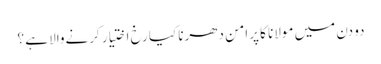
دو دن میں مولانا کا پرامن دھرنا کیا رخ اختیار کرنےوالا ہے ؟